Report of the Indian Hemp Drugs Commission, 1894-1895 - Volume II
Year: 1894
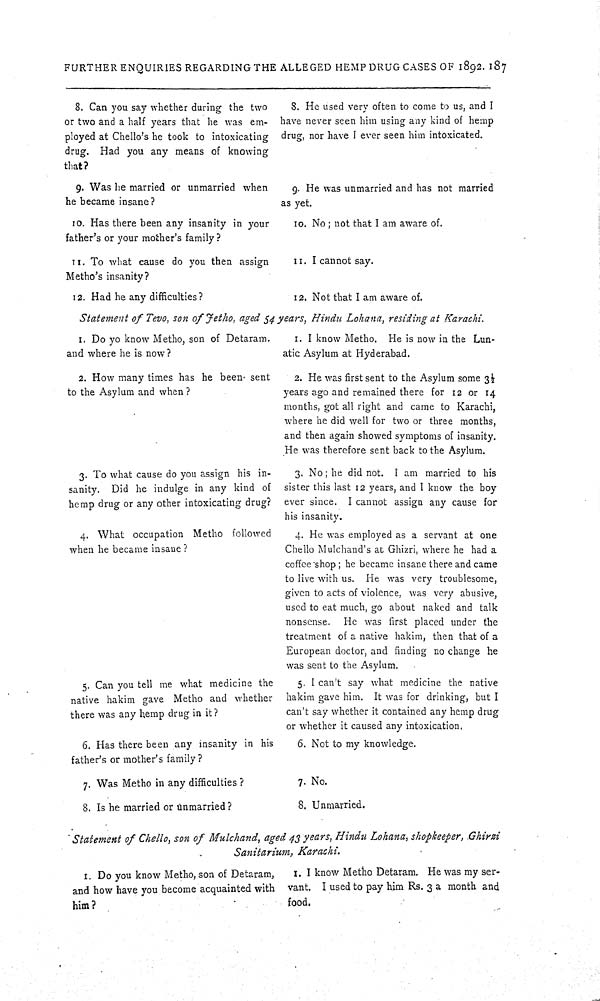
FURTHER ENQUIRIES REGARDING THE ALLEGED HEMP DRUG CASES OF 1892. 187
8. Can you say whether during the two
or two and a half years that he was em-
ployed at Chello's he took to intoxicating
drug. Had you any means of knowing
that?
8. He used very often to come to us, and I
have never seen him using any kind of hemp
drug, nor have I ever seen him intoxicated.
9. Was he married or unmarried when
he became insane?
9. He was unmarried and has not married
as yet.
10. Has there been any insanity in your
father's or your mother's family?
10. No; not that I am aware of.
11. To what cause do you then assign
Metho's insanity?
11. I cannot say.
12. Had he any difficulties?
12. Not that I am aware of.
Statement of Tevo, son of Jetho, aged 54 years, Hindu Lohana, residing at Karachi.
1. Do yo know Metho, son of Detaram.
and where he is now?
1. I know Metho. He is now in the Lun-
atic Asylum at Hyderabad.
2. How many times has he been sent
to the Asylum and when?
2. He was first sent to the Asylum some 31/2
years ago and remained there for 12 or 14
months, got all right and came to Karachi,
where he did well for two or three months,
and then again showed symptoms of insanity.
He was therefore sent back to the Asylum.
3. To what cause do you assign his in-
sanity. Did he indulge in any kind of
hemp drug or any other intoxicating drug?
3. No; he did not. I am married to his
sister this last 12 years, and I know the boy
ever since. I cannot assign any cause for
his insanity.
4. What occupation Metho followed
when he became insane?
4. He was employed as a servant at one
Chello Mulchand's at Ghizri, where he had a
coffee shop; he became insane there and came
to live with us. He was very troublesome,
given to acts of violence, was very abusive,
used to eat much, go about naked and talk
nonsense. He was first placed under the
treatment of a native hakim, then that of a
European doctor, and finding no change he
was sent to the Asylum.
5. Can you tell me what medicine the
native hakim gave Metho and whether
there was any hemp drug in it?
5. I can't say what medicine the native
hakim gave him. It was for drinking, but I
can't say whether it contained any hemp drug
or whether it caused any intoxication.
6. Has there been any insanity in his
father's or mother's family?
6. Not to my knowledge.
7. Was Metho in any difficulties?
7. No.
8. Is he married or unmarried?
8. Unmarried.
Statement of Chello, son of Mulchand, aged 43 years, Hindu Lohana, shopkeeper, Ghirzi
Sanitarium, Karachi.
1. Do you know Metho, son of Detaram,
and how have you become acquainted with
him?
I. I know Metho Detaram. He was my ser-
vant. I used to pay him Rs. 3 a month and
food.